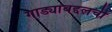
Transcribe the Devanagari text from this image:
गाड्यांबद्दलची